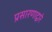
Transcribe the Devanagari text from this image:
प्रसारणाद्वारे